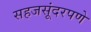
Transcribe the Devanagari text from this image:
सहजसूंदरपणे